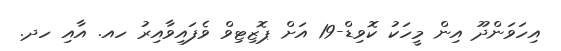
އިހަވަންދޫ އިން މީހަކު ކޮވިޑް-19 އަށް ޕޮޒިޓިވް ވެފައިވާއިރު ހއ. އާއި ހދ.